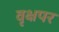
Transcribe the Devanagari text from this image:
वृक्षपर